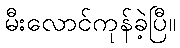
မီးလောင်ကုန်ခဲ့ပြီ။